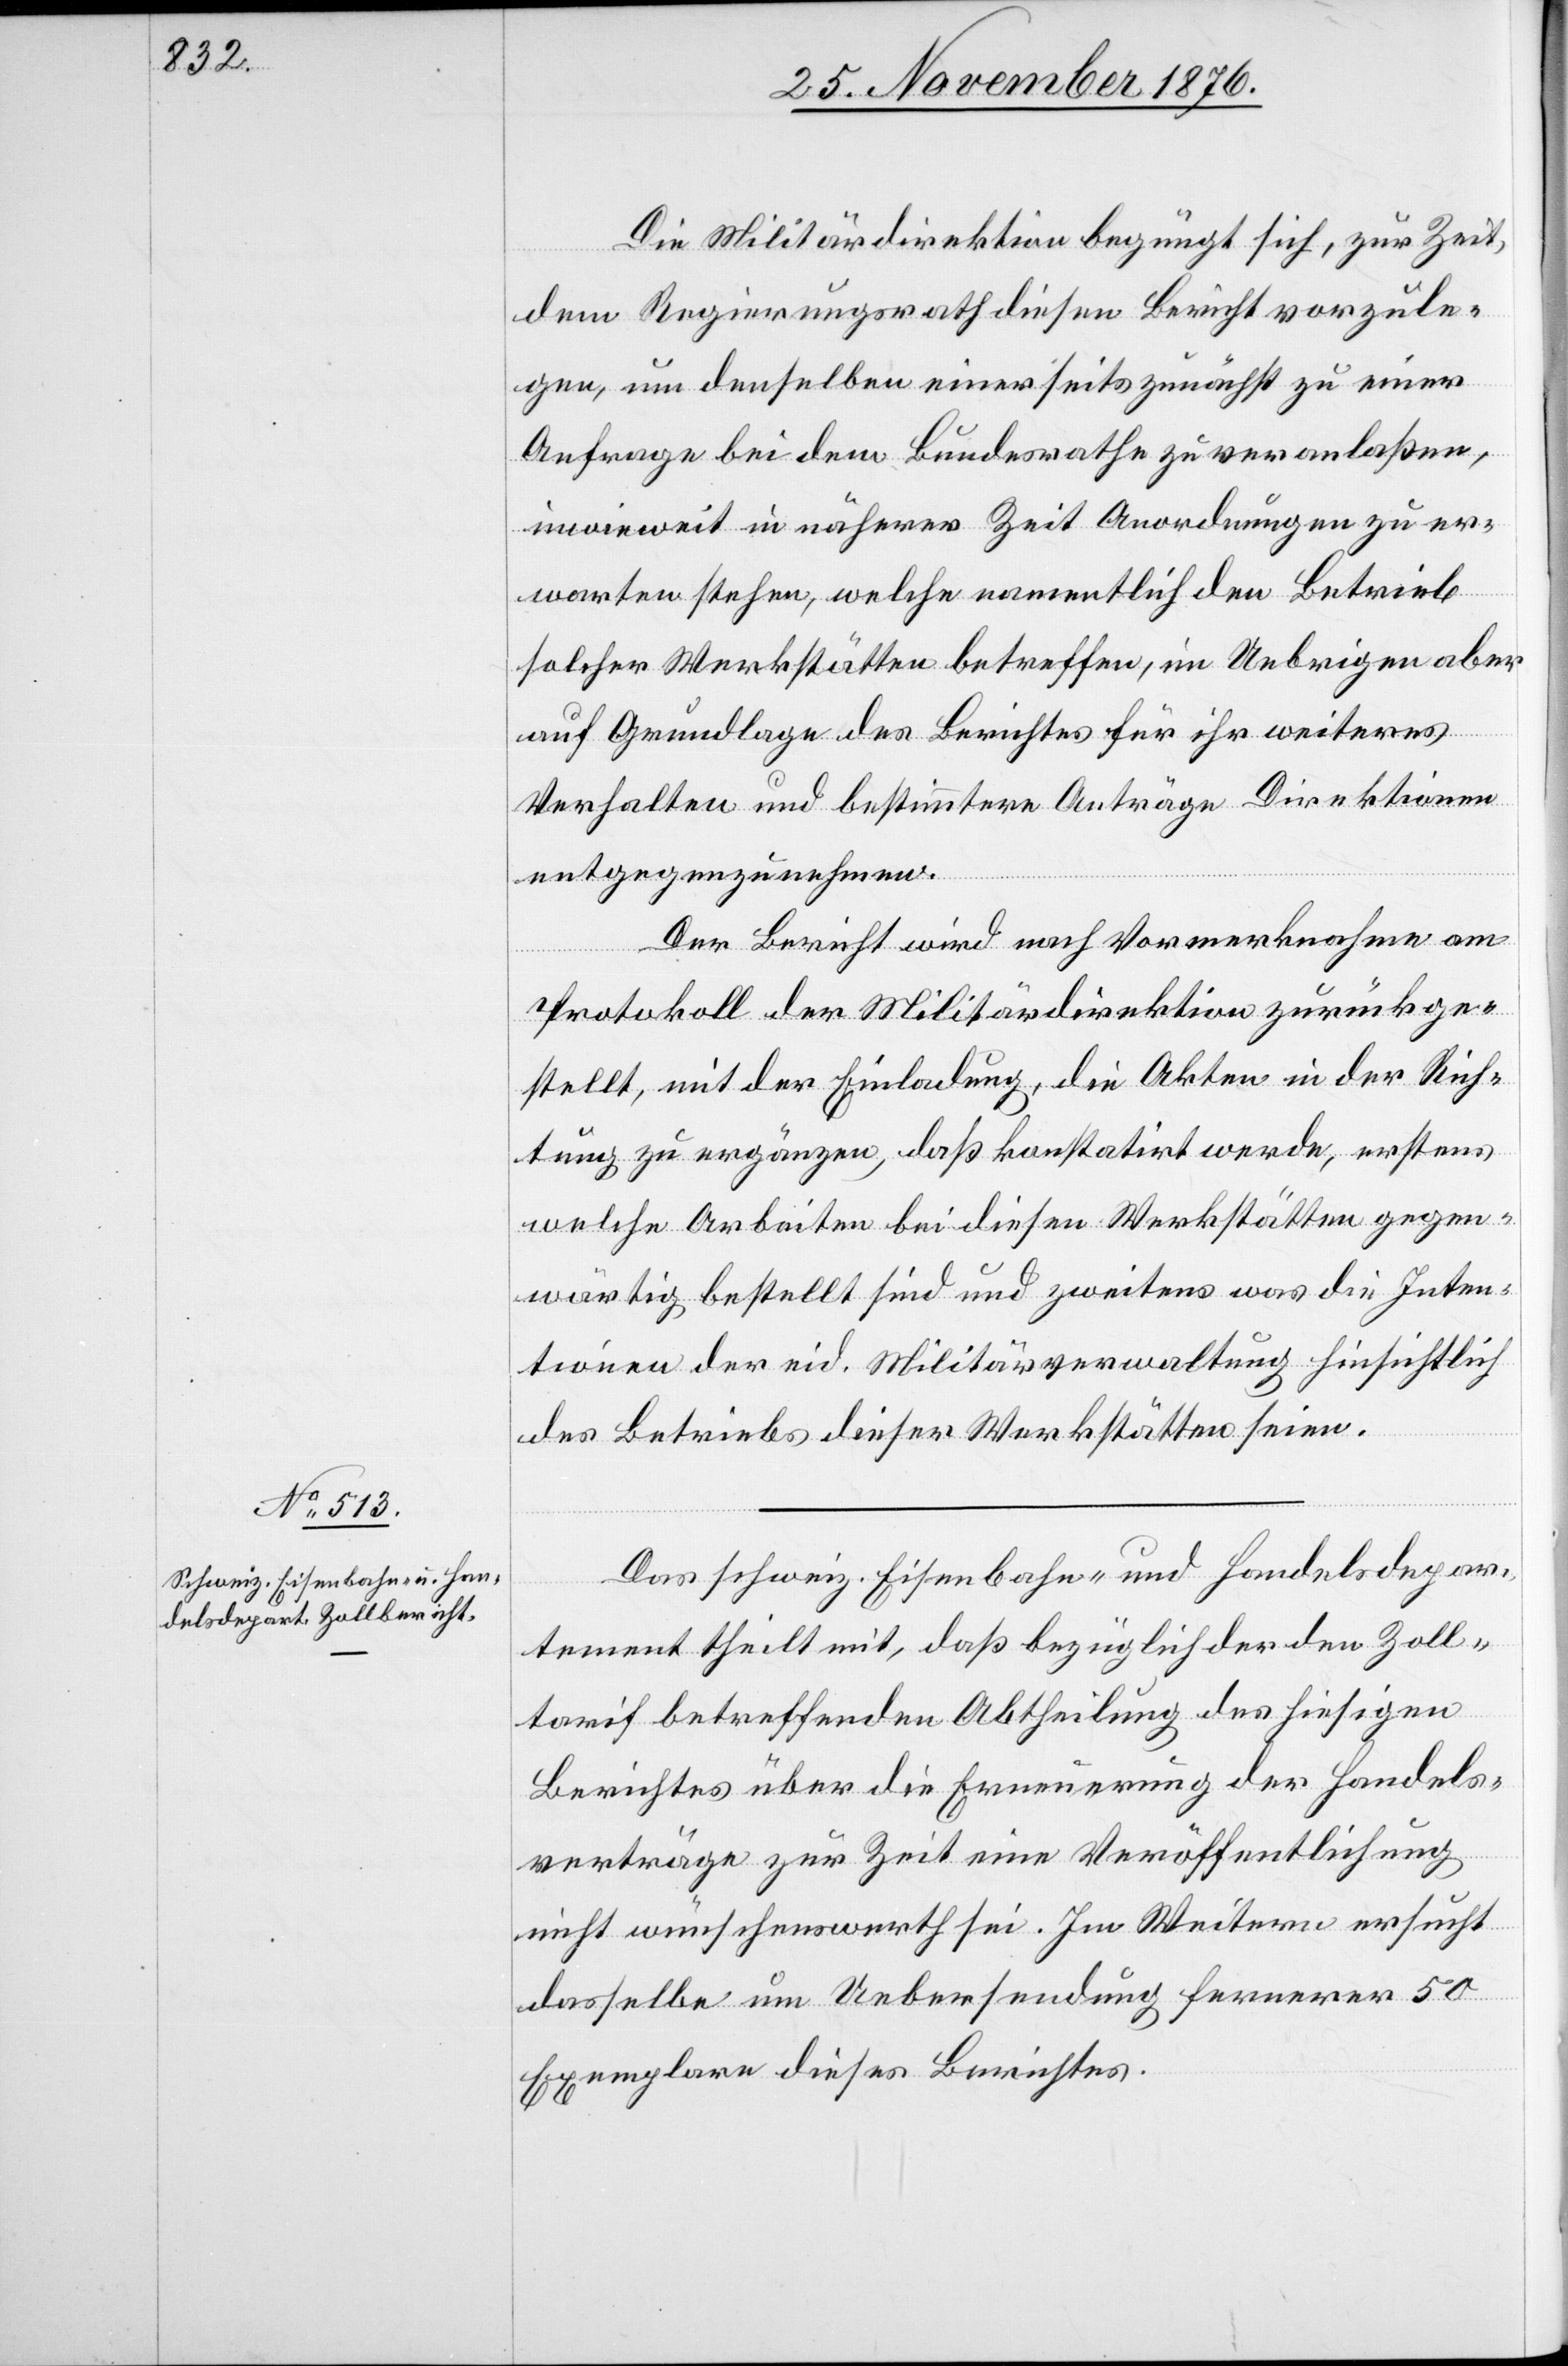
Die Militärdirektion begnügt sich, zur Zeit,
dem Regierungsrath diesen Bericht vorzule¬
gen, um denselben einerseits zunächst zu einer
Anfrage bei dem Bundesrathe zu veranlaßen,
inwieweit in näherer Zeit Anordnungen zu er¬
warten stehen, welche namentlich den Betrieb
solcher Werkstätten betreffen, im Uebrigen aber
auf Grundlage des Berichtes für ihr weiteres
Verhalten und bestimmtere Anträge Direktionen
entgegenzunehmen.
Der Bericht wird nach Vormerknahme am
Protokoll der Militärdirektion zurückge¬
stellt, mit der Einladung, die Akten in der Rich¬
tung zu ergänzen, daß konstatirt werde, erstens
welche Arbeiten bei diesen Werkstätten gegen¬
wärtig bestellt sind und zweitens was die Inten¬
tionen der eid. Militärverwaltung hinsichtlich
des Betriebs dieser Werkstätten seien.
Das schweiz. Eisenbahn- und Handelsdepar¬
tement theilt mit, daß bezüglich der den Zoll¬
tarif betreffenden Abtheilung des hiesigen
Berichtes über die Erneuerung der Handels¬
verträge zur Zeit eine Veröffentlichung
nicht wünschenswerth sei. Im Weitern ersucht
dasselbe um Uebersendung fernerer 50
Exemplare dieses Berichtes.